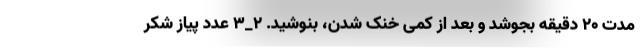
مدت 20 دقیقه بجوشد و بعد از کمی خنک شدن، بنوشید. 2_3 عدد پیاز شکر